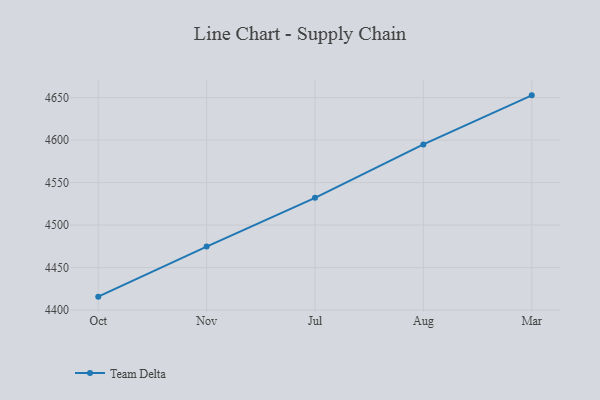
{"axis": {"x": "Month", "y": "Page Views"}, "legend": ["Team Delta"], "data": [{"x": "Oct", "y": 4415.7, "type": "Team Delta"}, {"x": "Nov", "y": 4474.6, "type": "Team Delta"}, {"x": "Jul", "y": 4532.0, "type": "Team Delta"}, {"x": "Aug", "y": 4594.9, "type": "Team Delta"}, {"x": "Mar", "y": 4652.7, "type": "Team Delta"}]}